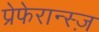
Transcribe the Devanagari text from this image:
प्रेफेरान्स्ज़